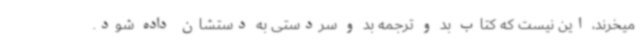
میخرند، این نیست که کتاب بد و ترجمه بد و سردستی به دستشان داده شود.